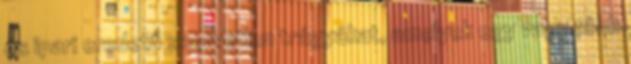
és ipari eredetű szervetlen trágyákat, amelyek egy vagy több